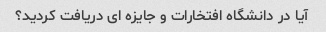
آیا در دانشگاه افتخارات و جایزه ای دریافت کردید؟